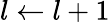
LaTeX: l\leftarrow l+1